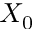
X _ { 0 }